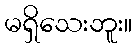
မရှိသေးဘူး။